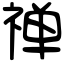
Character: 禅